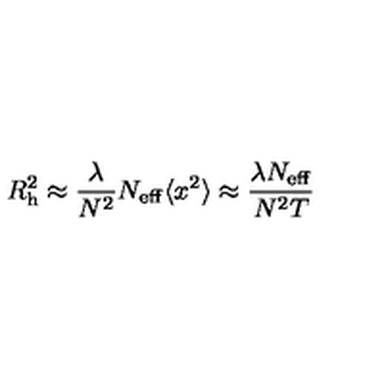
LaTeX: R _ { \mathrm { h } } ^ { 2 } \approx { \frac { \lambda } { N ^ { 2 } } } N _ { \mathrm { e f f } } \langle x ^ { 2 } \rangle \approx { \frac { \lambda N _ { \mathrm { e f f } } } { N ^ { 2 } T } }